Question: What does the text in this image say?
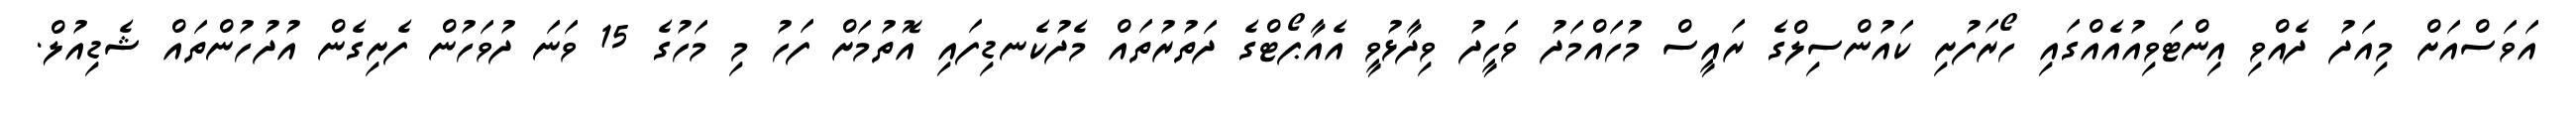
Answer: އަވަސްއަށް މިއަދު ދެއްވި އިންޓަވިއުއެއްގައި ހޯރަފުށި ކައުންސިލްގެ ރައީސް މުހައްމަދު ވަހީދު ވިދާޅުވީ އެއާޕޯޓްގެ ދަތުރުތައް މެދުކެނޑިފައި އޮތުމަށް ފަހު މި މަހުގެ 15 ވަނަ ދުވަހުން ފެށިގެން އުދުހުންތައް ޝެޑިއުލް.